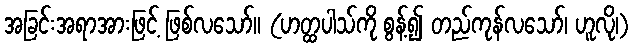
အခြင်းအရာအားဖြင့် ဖြစ်လသော်။ (ဟတ္ထပါသ်ကို စွန့်၍ တည်ကုန်လသော်၊ ဟူလို၊)